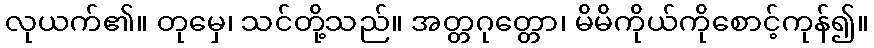
လုယက်၏။ တုမှေ၊ သင်တို့သည်။ အတ္တဂုတ္တော၊ မိမိကိုယ်ကိုစောင့်ကုန်၍။